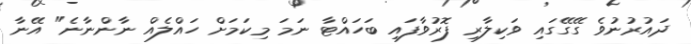
ދައުރުނުވެ ގޭގޭގައި ވަކިލާރި ފޮރުވާފައި ބަހައްޓާ ނަމަ މިކަމަށް ހައްލެއް ނާންނާނެ" އޭނާ